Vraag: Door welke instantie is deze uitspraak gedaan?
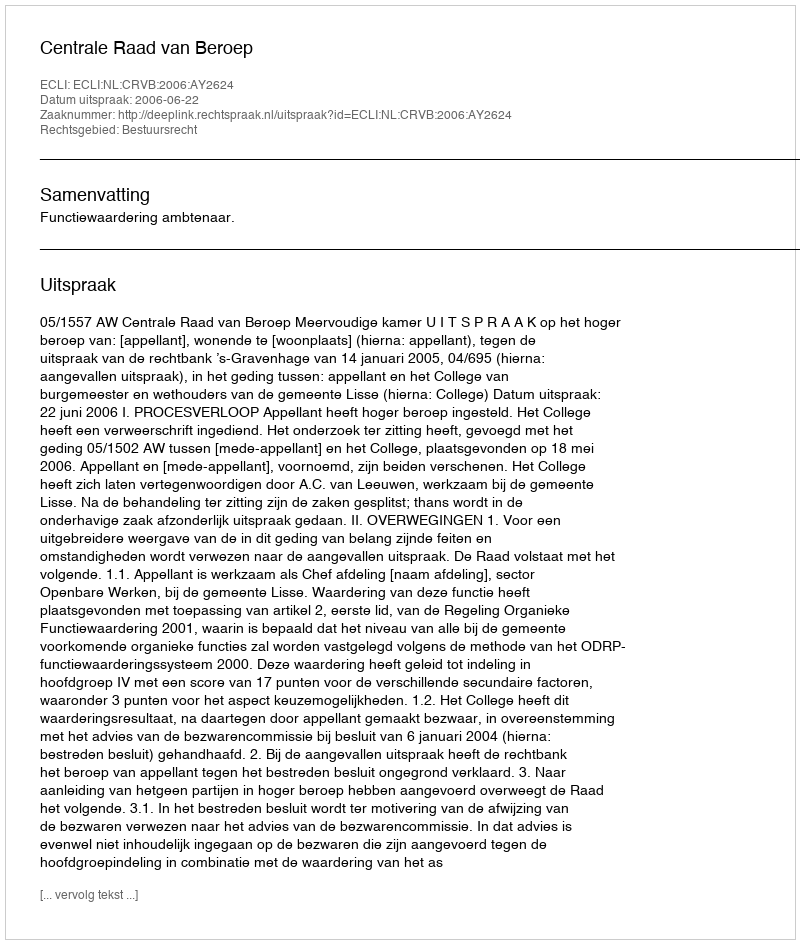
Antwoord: Centrale Raad van Beroep